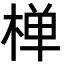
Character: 椫